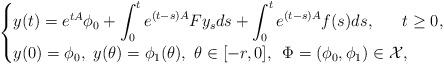
LaTeX: \begin{align*}\begin{cases}y(t) = e^{tA}\phi_0 + \displaystyle\int^t_0 e^{(t-s)A}Fy_sds + \int^t_0 e^{(t-s)A}f(s)ds,\hskip 20pt t\ge 0,\\y(0)=\phi_0,\,\, y(\theta)=\phi_1(\theta),\,\,\theta\in [-r, 0],\,\,\,\Phi=(\phi_0, \phi_1)\in {\cal X},\end{cases}\end{align*}